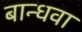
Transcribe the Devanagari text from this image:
बान्धवा